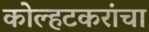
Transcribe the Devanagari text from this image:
कोल्हटकरांचा